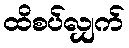
ထိစပ်လျှက်